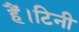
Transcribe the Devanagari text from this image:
हैं।टिनी